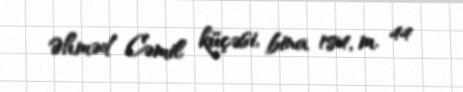
Əhməd Cəmil küçəsi, bina 184, m. 44